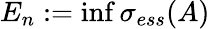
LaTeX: E_{n}:=\operatorname*{inf}\sigma_{ess}(A)